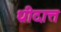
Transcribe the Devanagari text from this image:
ध्रीदात्त